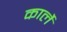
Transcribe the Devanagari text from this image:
कार्ले